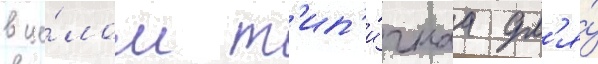
в це́лом т'ип'и́чнаа дл'я́